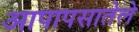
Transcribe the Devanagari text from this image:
आपापसातेले